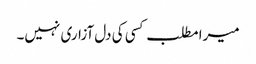
میرا مطلب کسی کی دل آزاری نہیں۔